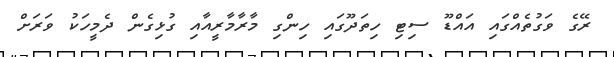
ރޭގެ ވަގުތެއްގައި އައްޑޫ ސިޓި ހިތަދޫގައި ހިންގި މާރާމާރީއާއި ގުޅިގެން ދެމީހަކު ވަރަށް